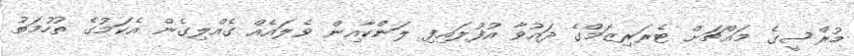
މުރްސީގެ މައްޗަށް ޓެރަރިޒަމްގެ ދައުވާ އުފުލައިފި ލަންކާއިން ވެލައެއް ގެއްލިގެން އެކަމުގެ ތުހުމަތު